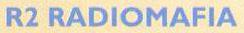
R2 RADIOMAFIA